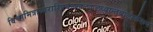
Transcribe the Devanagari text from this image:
विश्वामित्राध्वरारिप्रबलखलकुलध्वान्तबालार्करूप